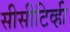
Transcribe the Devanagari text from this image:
सीसीटिव्ही